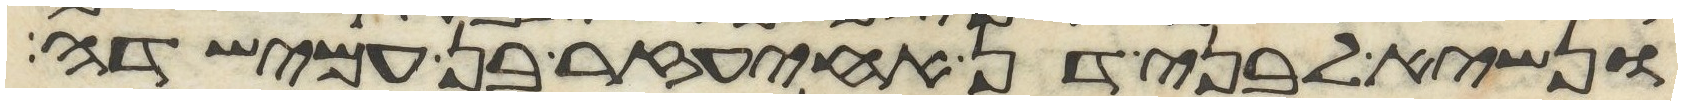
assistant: ונשיא לבני דן אחיעזר בן עמישדי